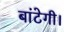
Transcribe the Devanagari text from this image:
बांटेगी।